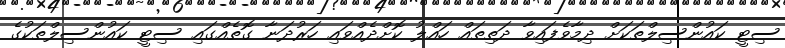
ސިޓީ ކައުންސިލްތަކަށް ދިމާވެފައިވާ ދަތިތައް ހައްލު ކޮށްދެއްވައި ހަރުދަނާ ގޮތެއްގައި ސިޓީ ކައުންސިލްތަކުގެ